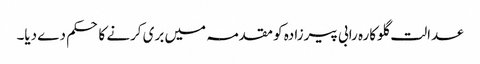
عدالت گلوکارہ رابی پیرزادہ کو مقدمہ میں بری کرنے کا حکم دے دیا۔